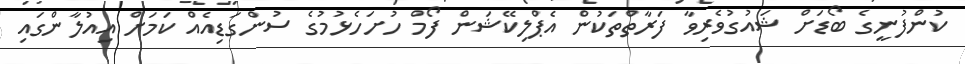
ކުންފުނީގެ ބޯޑަށް ޝައުގުވެރިވާ ފަރާތްތަކުން އެޕްލިކޭޝަން ފޯމް ހުށަހެޅުމުގެ ސުންގަޑިއެއް ކަމަށް އިއުލާންގައި